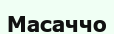
Масаччо